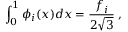
\int _ { 0 } ^ { 1 } \phi _ { i } ( x ) d x = \frac { f _ { i } } { 2 \sqrt { 3 } } \; ,